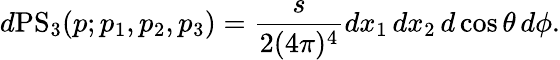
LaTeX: d\mathrm{PS}_{3}(p;p_{1},p_{2},p_{3})=\frac{s}{2(4\pi)^{4}}dx_{1}\, dx_{2}\, d\cos\theta\, d\phi.